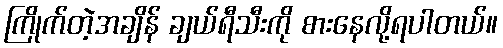
ကြိုက်တဲ့အချိန် ချယ်ရီသီးကို စားနေလို့ရပါတယ်။